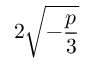
2 { \sqrt { - { \frac { p } { 3 } } } }